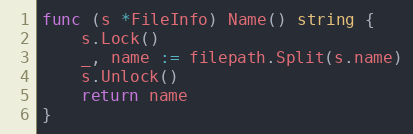
Language: Go
func (s *FileInfo) Name() string {
	s.Lock()
	_, name := filepath.Split(s.name)
	s.Unlock()
	return name
}